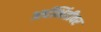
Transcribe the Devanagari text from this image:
अर्धभिंतीवर